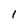
Character: 1